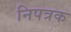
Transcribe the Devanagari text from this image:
निपत्रक